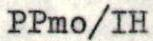
PPmo/IH